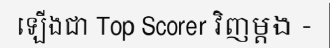
ឡើងជា Top Scorer វិញម្តង -